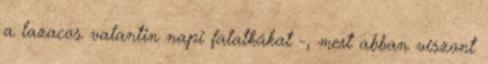
a lazacos valantin napi falatkákat -, mert abban viszont